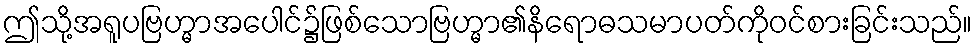
ဤသို့အရူပဗြဟ္မာအပေါင်၌ဖြစ်သောဗြဟ္မာ၏နိရောဓသမာပတ်ကိုဝင်စားခြင်းသည်။